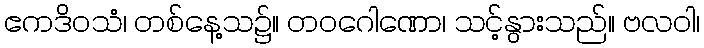
ဧကဒိဝသံ၊ တစ်နေ့သ၌။ တဝဂေါဏော၊ သင့်နွားသည်။ ဗလဝါ၊